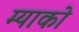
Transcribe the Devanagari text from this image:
म्याको